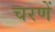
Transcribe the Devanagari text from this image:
चरणें